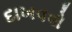
દાખવવો